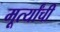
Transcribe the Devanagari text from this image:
मूर्त्यांची